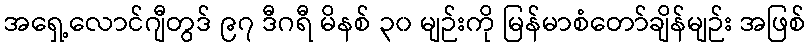
အရှေ့လောင်ဂျီတွဒ် ၉၇ ဒီဂရီ မိနစ် ၃၀ မျဉ်းကို မြန်မာစံတော်ချိန်မျဉ်း အဖြစ်